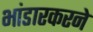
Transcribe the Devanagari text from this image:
भांडारकरने